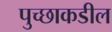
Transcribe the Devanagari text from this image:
पुच्छाकडील